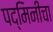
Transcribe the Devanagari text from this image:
पद्मिनीचा